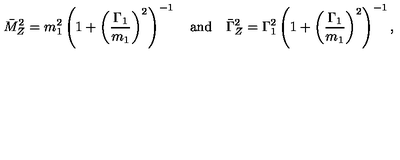
\bar { M } _ { Z } ^ { 2 } = m _ { 1 } ^ { 2 } \left( 1 + \left( \frac { \Gamma _ { 1 } } { m _ { 1 } } \right) ^ { 2 } \right) ^ { - 1 } \quad \mathrm { a n d } \quad \bar { \Gamma } _ { Z } ^ { 2 } = \Gamma _ { 1 } ^ { 2 } \left( 1 + \left( \frac { \Gamma _ { 1 } } { m _ { 1 } } \right) ^ { 2 } \right) ^ { - 1 } ,